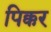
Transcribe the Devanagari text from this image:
पिक्कर